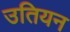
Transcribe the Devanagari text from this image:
उतियन